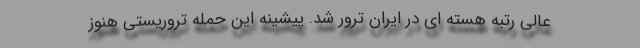
عالی رتبه هسته ای در ایران ترور شد. پیشینه این حمله تروریستی هنوز